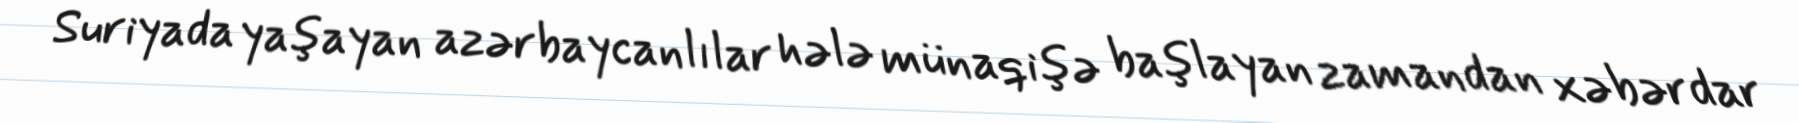
Suriyada yaşayan azərbaycanlılar hələ münaqişə başlayan zamandan xəbərdar